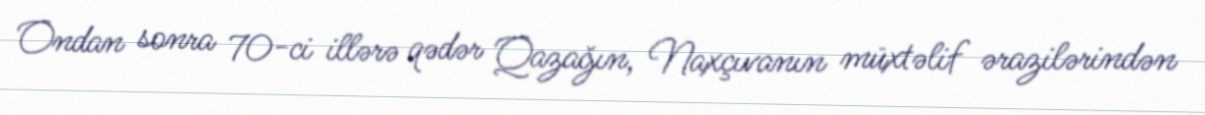
Ondan sonra 70-ci illərə qədər Qazağın, Naxçıvanın müxtəlif ərazilərindən